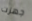
جهزت